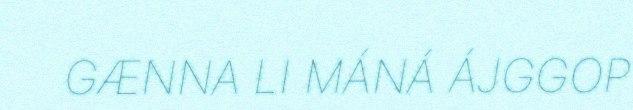
GÆNNA LI MÁNÁ ÁJGGOP